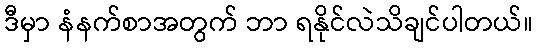
ဒီမှာ နံနက်စာအတွက် ဘာ ရနိုင်လဲသိချင်ပါတယ်။